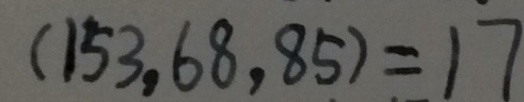
( 1 5 3 , 6 8 , 8 5 ) = 1 7